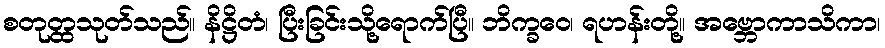
စတုတ္ထသုတ်သည်။ နိဋ္ဌိတံ၊ ပြီးခြင်းသို့ရောက်ပြီ။ ဘိက္ခဝေ၊ ရဟန်းတို့။ အဗ္ဘောကာသိကာ၊